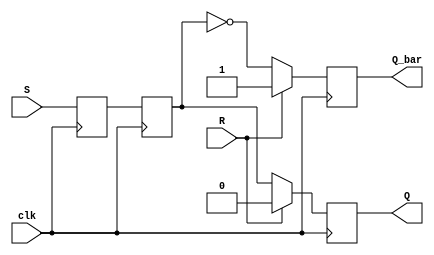
module sr_flip_flop (
    input wire clk,
    input wire S,
    input wire R,
    output reg Q,
    output reg Q_bar
);

reg master_latch, slave_latch;

always @(posedge clk) begin
    master_latch <= S;
    slave_latch <= master_latch;
    
    if (R) begin
        Q <= 0;
        Q_bar <= 1;
    end else begin
        Q <= slave_latch;
        Q_bar <= ~slave_latch;
    end
end

endmodule